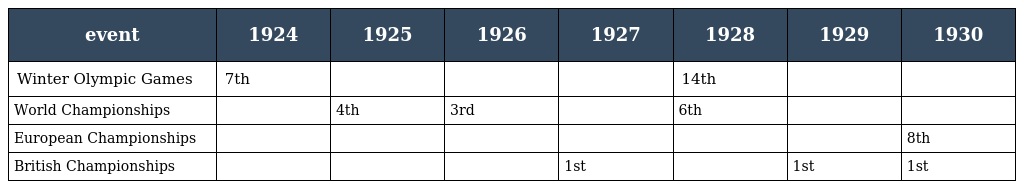
| event | 1924 | 1925 | 1926 | 1927 | 1928 | 1929 | 1930 |
 | --- | --- | --- | --- | --- | --- | --- | --- |
 | Winter Olympic Games | 7th |  |  |  | 14th |  |  |
 | World Championships |  | 4th | 3rd |  | 6th |  |  |
 | European Championships |  |  |  |  |  |  | 8th |
 | British Championships |  |  |  | 1st |  | 1st | 1st |